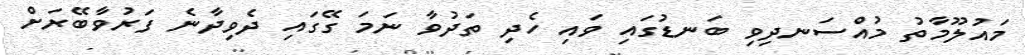
މައުލޫމާތު މުއްސަނދިވި ބަނޑުގައި ވައި ހެދި ތަދުވާ ނަމަ ގޭގައި ދެވިދާނެ ފަރުވާބޭރަށް